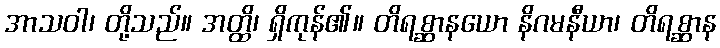
အာသဝါ၊ တို့သည်။ အတ္ထိ၊ ရှိကုန်၏။ တိရစ္ဆာနယော နိဂမနီယာ၊ တိရစ္ဆာန